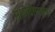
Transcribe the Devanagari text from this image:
मशीदीमधून